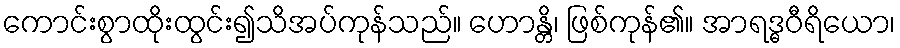
ကောင်းစွာထိုးထွင်း၍သိအပ်ကုန်သည်။ ဟောန္တိ၊ ဖြစ်ကုန်၏။ အာရဒ္ဓဝီရိယော၊